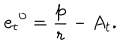
{ e _ { t } } ^ { 0 } = \frac p r - A _ { t } .